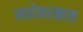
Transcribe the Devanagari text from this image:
सरोवरकाठ